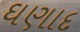
ઘણાદ